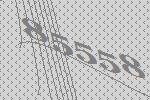
85558